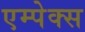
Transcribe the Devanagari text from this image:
एम्पेक्स